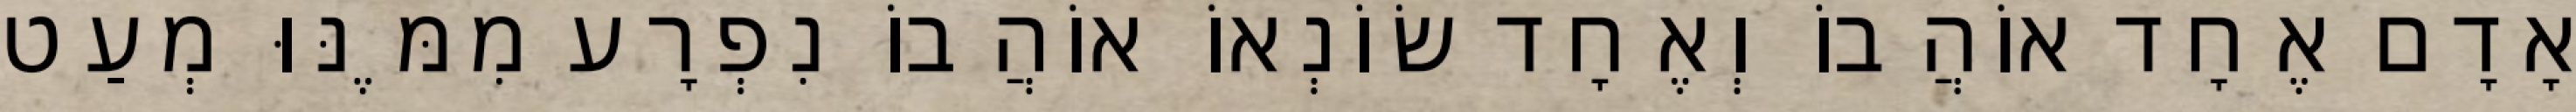
אָדָם אֶחָד אוֹהֲבוֹ וְאֶחָד שׂוֹנְאוֹ אוֹהֲבוֹ נִפְרָע מִמֶּנּוּ מְעַט